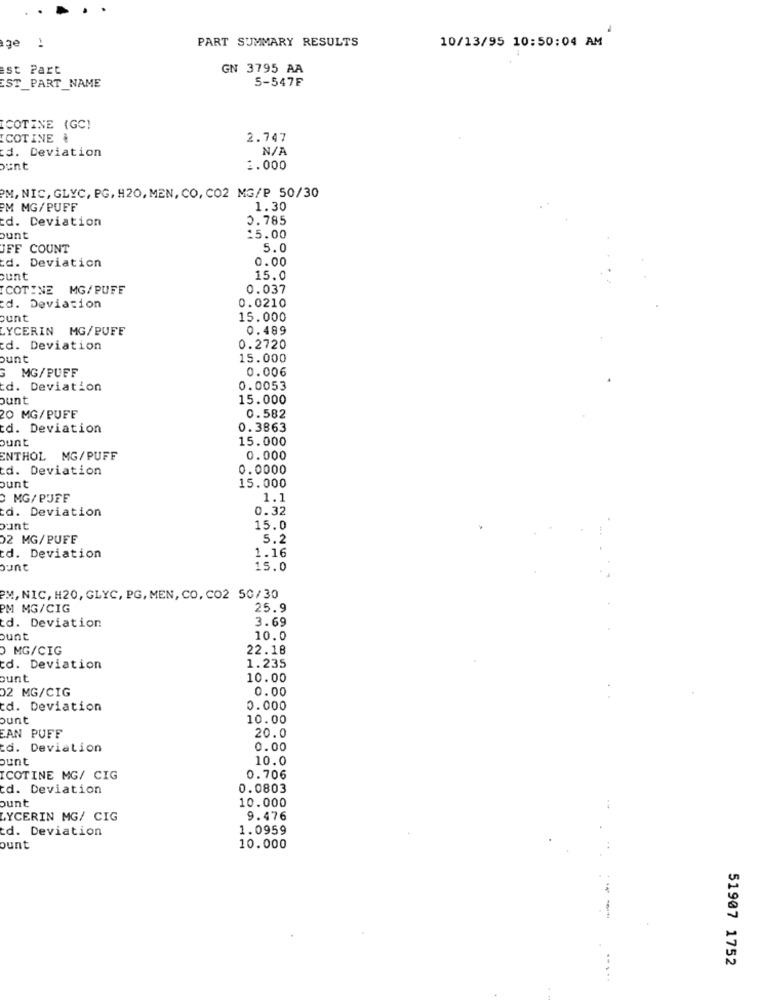
PART SUMMARY RESULTS
10/13/95 10:50:04 AM
ge !
est Part
GN 3795 AA
5-547F
EST_PART_NAME
ICOTINE (GC!
COTINE
2.747
d. Deviation
ount
1.000
PM, NIC, GLYC, PG, H20, MEN, CO, CO2 MG/P 50/30
PM MG/PUFF
1.30
d. Deviation
0.785
ount
15.00
UFF COUNT
5.0
d. Deviation
0.00
cunt
15.0
COTINE MG/PUFF
0.037
0.0210
d. Deviation
ount
15.000
LYCERIN MG/PUFF
0.489
d. Deviation
0.2720
ount
15.000
MG/PUFF
0.006
d. Deviation
0.0053
ount
15.000
20 MG/PUFF
0.582
d. Deviation
0.3863
ount
15.000
ENTHOL MG/PUFF
0.000
td. Deviation
0.0000
ount
15.000
0 MG/PUFF
1.1
d. Deviation
0.32
qurc
15.0
02 MG/PUFF
5.2
1.16
d. Deviation
ount
15.0
M, NIC, H20, GLYC, PG, MEN, CO, CO2 50/30
PM MG/CIG
25.9
3.69
td. Deviation
ount
10.0
0 MG/CIG
22.18
d. Deviation
1.235
ount
10.00
02 MG/CIG
0.00
d. Deviation
0.000
ount
10.00
EAN PUFF
20.0
d. Deviation
0.00
ount
10.0
COTINE MG/ CIG
0.706
td. Deviation
0.0803
ount
10.000
LYCERIN MG/ CIG
9.476
d. Deviation
1.0959
ount
10.000
51907 1752